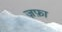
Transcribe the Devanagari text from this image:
ज़फ़ा